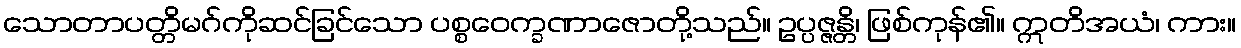
သောတာပတ္တိမဂ်ကိုဆင်ခြင်သော ပစ္စဝေက္ခဏာဇောတို့သည်။ ဥပ္ပဇ္ဇန္တိ၊ ဖြစ်ကုန်၏။ ဣတိအယံ၊ ကား။